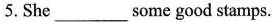
5.She ___ some good stamps.